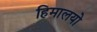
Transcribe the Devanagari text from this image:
हिमालयो